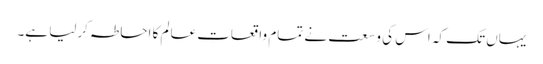
یہاں تک کہ اس کی وسعت نے تمام واقعاتِ عالم کا احاطہ کرلیا ہے۔